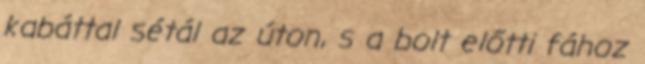
kabáttal sétál az úton, s a bolt előtti fához